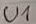
Text: U1